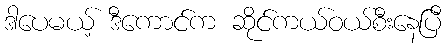
ဒါပေမယ့် ဒီကောင်က ဆိုင်ကယ်ဝယ်စီးနေပြီ